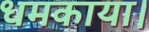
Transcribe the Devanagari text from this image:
धमकाया।